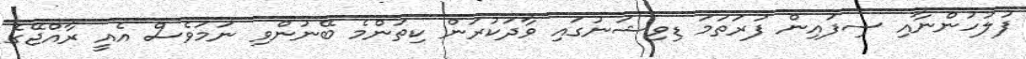
ފުލުހުންނާއި ސިފައިން ފުރަތަމަ ޑިވިޝަނުގައި ވާދަކުރަން ކިތަންމެ ބޭނުންވި ނަމަވެސް އެއީ ރާއްޖޭގެ